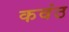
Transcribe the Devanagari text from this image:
कवंठ